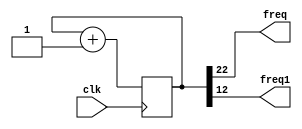
/* To display 1701EE15 on fx2 board and scroll it right-to-left */

module frequency_divider(
	input clk,
	output freq, freq1
	);

reg [24:0] counter;

always @(posedge clk)
begin
counter <= counter + 25'd1;
end
assign freq = counter[22];
assign freq1 = counter[12];
endmodule

module fx(input clk, output 
reg [7:0] select , display );
reg [1:0]temp =0;
reg [3:0]tem =0;

reg [7:0] sel1, sel2, sel3, sel4;
wire clko, clko1;
frequency_divider f(clk,clko,clko1);

always@(posedge clko1)
begin	
  case(temp)
2'b00 : begin
  select = sel1;
	  display= 8'b0000_0011; //0
	end
2'b01 : begin
	  select = sel2;
	  display= 8'b1001_1111; //1
end
	2'b10 : begin
  select = sel3;
	  display= 8'b0100_1100; //5
end
2'b11 : begin
	  select = sel4;
	  display= 8'b0110_0001; //E
end
    endcase
	
	 temp = temp+1;
end

always @(posedge clko)
begin
case(tem)
  4'd0: begin
    sel1 = 8'b1111_1101;
    sel2 = 8'b1111_1111;
    sel3 = 8'b1111_1111;
    sel4 = 8'b1111_1111;
  end

  4'd1: begin
    sel1 = 8'b1111_1011;
    sel2 = 8'b1111_1101;
    sel3 = 8'b1111_1111;
    sel4 = 8'b1111_1111;
  end

  4'd2: begin
    sel1 = 8'b1111_0111;
    sel2 = 8'b1111_1011;
    sel3 = 8'b1111_1111;
    sel4 = 8'b1111_1101;
  end

  4'd3: begin
    sel1 = 8'b1110_1111;
    sel2 = 8'b1111_0111;
    sel3 = 8'b1111_1111;
    sel4 = 8'b1111_1001;
  end

  4'd4: begin
    sel1 = 8'b1101_1111;
    sel2 = 8'b1110_1101;
    sel3 = 8'b1111_1111;
    sel4 = 8'b1111_0011;
  end

  4'd5: begin
    sel1 = 8'b1011_1111;
    sel2 = 8'b1101_1011;
    sel3 = 8'b1111_1101;
    sel4 = 8'b1110_0111;
    end

  4'd10: begin
    sel1 = 8'b1111_1111;
    sel2 = 8'b1011_0111;
    sel3 = 8'b1111_1011;
    sel4 = 8'b1100_1111;
  end

  4'd11: begin
    sel1 = 8'b1111_1111;
    sel2 = 8'b1110_1111;
    sel3 = 8'b1111_0111;
    sel4 = 8'b1001_1111;
  end

  4'd12: begin
    sel1 = 8'b1111_1111;
    sel2 = 8'b1101_1111;
    sel3 = 8'b1110_1111;
    sel4 = 8'b1011_1111;
  end

  4'd13: begin
    sel1 = 8'b1111_1111;
    sel2 = 8'b1011_1111;
    sel3 = 8'b1101_1111;
    sel4 = 8'b1111_1111;
  end

  4'd14: begin
    sel1 = 8'b1111_1111;
    sel2 = 8'b1111_1111;
    sel3 = 8'b1011_1111;
    sel4 = 8'b1111_1111;
  end

  4'd15: begin
    sel1 = 8'b1111_1111;
    sel2 = 8'b1111_1111;
    sel3 = 8'b1111_1111;
    sel4 = 8'b1111_1111;
  end
                
endcase
    tem = tem+1;
end
endmodule